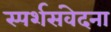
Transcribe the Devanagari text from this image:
स्पर्शसंवेदना